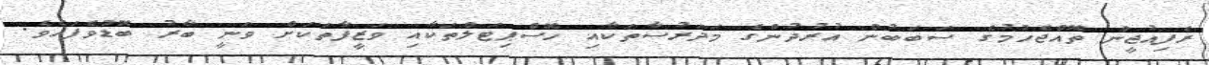
ރެފިއުޖީން ތޮއްޖެހުމުގެ ސަބަބުން އުރުދުންގެ މަދަރުސާތަކާއި ހޮސްޕިޓަލްތަކާއި ވަޒީފާތަކަށް ވަނީ ބާރު ބޮޑުވެފައެވެ.